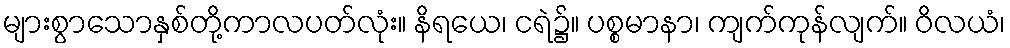
များစွာသောနှစ်တို့ကာလပတ်လုံး။ နိရယေ၊ ငရဲ၌။ ပစ္စမာနာ၊ ကျက်ကုန်လျက်။ ဝိလယံ၊